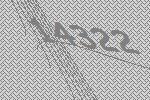
14322